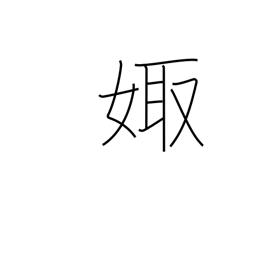
Meaning: marry